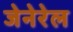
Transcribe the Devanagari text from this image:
जेनेरेल